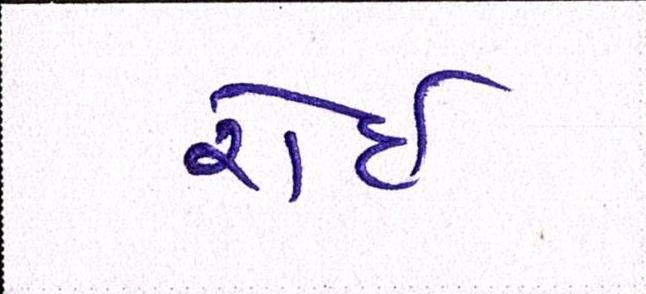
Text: રોઇ